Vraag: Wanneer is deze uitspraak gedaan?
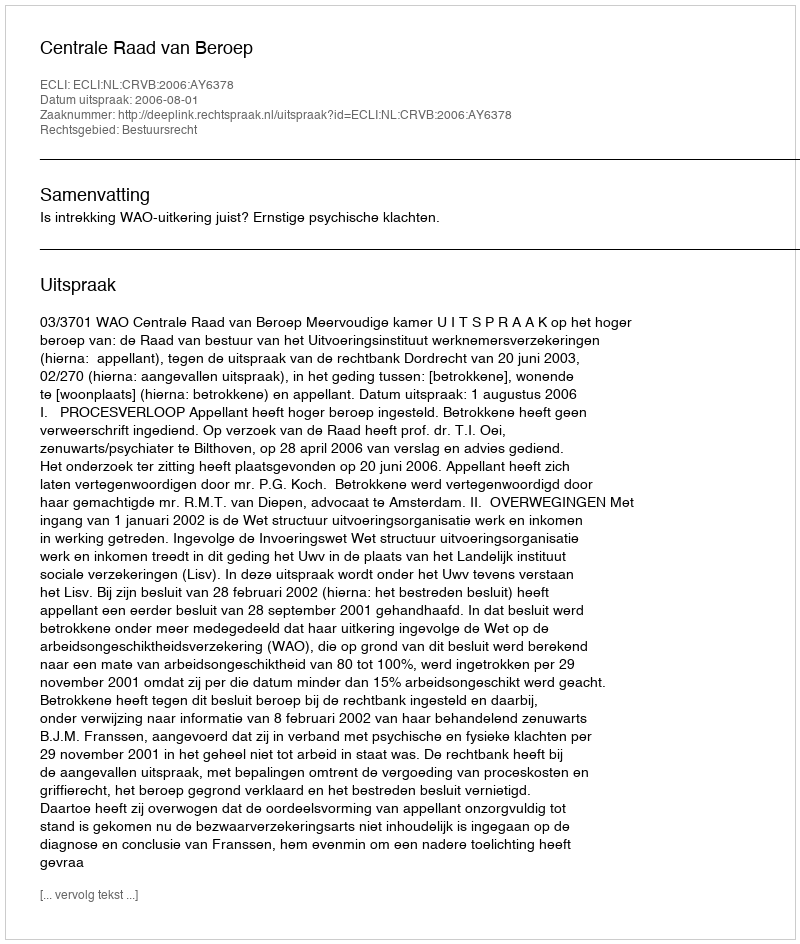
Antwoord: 2006-08-01